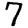
Digit: 7